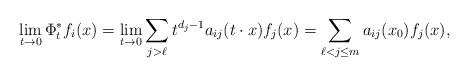
LaTeX: \begin{align*} \lim_{t\to 0}\Phi_t^*f_i(x)=\lim_{t\to 0}\sum_{j>\ell} t^{d_j-1}a_{ij}(t\cdot x) f_j(x)=\sum\limits_{\ell< j\leq m }a_{ij}(x_0)f_j(x), \end{align*}